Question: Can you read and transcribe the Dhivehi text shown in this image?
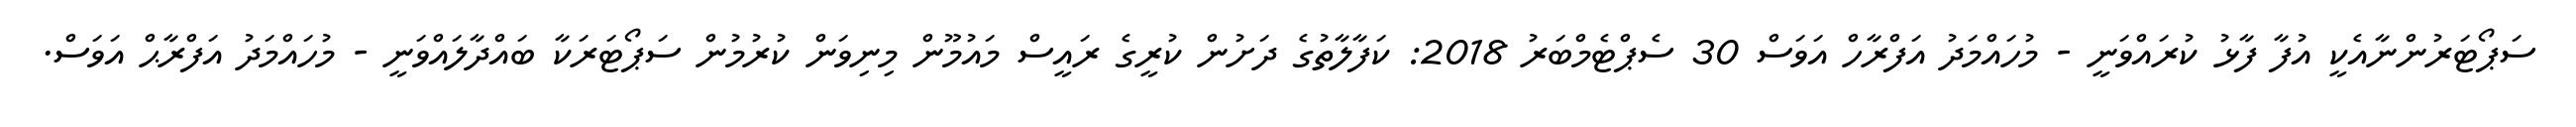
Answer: ސަޕޯޓަރުންނާއެކީ އުފާ ފާޅު ކުރައްވަނީ - މުހައްމަދު އަފްރާހް އަވަސް 30 ސެޕްޓެމްބަރު 2018: ކަފާލާތުގެ ދަށުން ކުރީގެ ރައީސް މައުމޫން މިނިވަން ކުރުމުން ސަޕޯޓަރަކާ ބައްދާލައްވަނީ - މުހައްމަދު އަފްރާޙް އަވަސް.